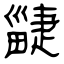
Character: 疀